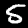
Label: 5